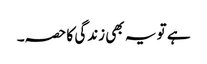
ہے تو یہ بھی زندگی کا حصہ۔